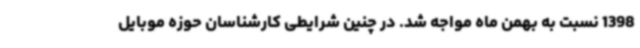
1398 نسبت به بهمن ماه مواجه شد. در چنین شرایطی کارشناسان حوزه موبایل